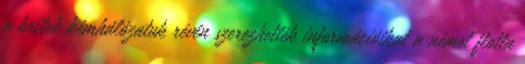
a britek kémhálózatuk révén szerezhették információikat a német flotta